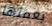
بعملها